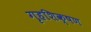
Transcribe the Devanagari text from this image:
गृहशिक्षण